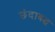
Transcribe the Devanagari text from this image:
छंदाबद्ध